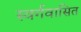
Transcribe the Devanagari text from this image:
स्वर्गवासित